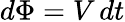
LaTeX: d\Phi=V\, dt